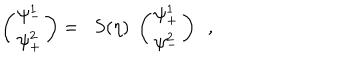
LaTeX: \left( \begin{array} { l } { { \psi _ { - } ^ { 1 } } } \\ { { \psi _ { + } ^ { 2 } } } \\ \end{array} \right) = \; \; S ( \eta ) \; \left( \begin{array} { l } { { \psi _ { + } ^ { 1 } } } \\ { { \psi _ { - } ^ { 2 } } } \\ \end{array} \right) \ \ ,